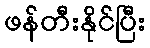
ဖန်တီးနိုင်ပြီး